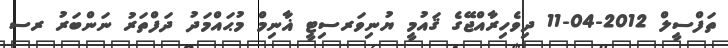
ތަފްސީލް 2012-04-11 ދިވެހިރާއްޖޭގެ ޤައުމީ ޔުނިވަރސިޓީ ޣާނިމް މުޙައްމަދު ދަފްތަރު ނަންބަރު ރސ